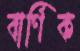
বার্ণিক